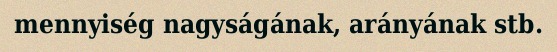
mennyiség nagyságának, arányának stb.